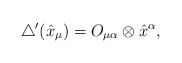
\begin{gather*}\bigtriangleup'(\hat{x}_\mu)=O_{\mu\alpha}\otimes\hat{x}^\alpha,\end{gather*}